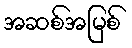
အဆစ်အမြစ်